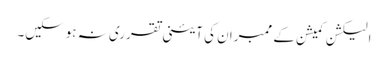
الیکشن کمیشن کے ممبران کی آئینی تقرری نہ ہوسکیں۔